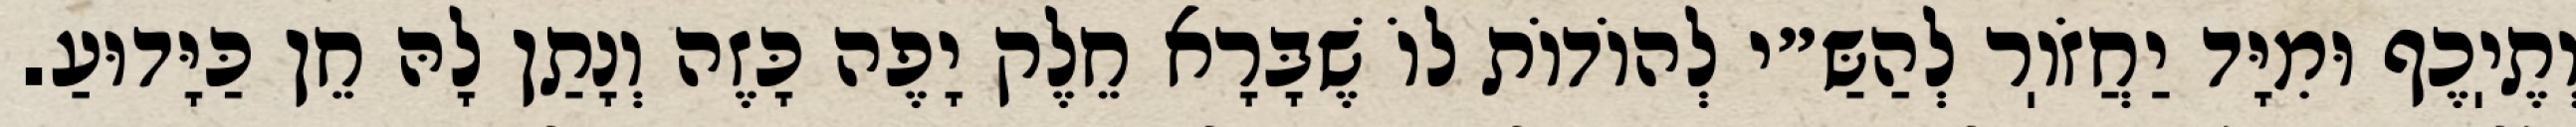
וְתֶיֽכֶף וּמִיָּד יַחֲזֹוֽר לְהַשַּ״י לְהוֹדוֹת לוֹ שֶׁבָּרָא חֵלֶק יָפֶה כָּזֶה וְנָתַן לָהּ חֵן כַּיָּדוּעַ.